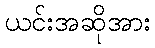
ယင်းအဆိုအား